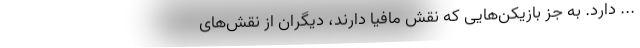
... دارد. به جز بازیکن‌هایی که نقش مافیا دارند، دیگران از نقش‌های